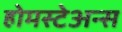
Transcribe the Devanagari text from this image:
होमस्टेअन्स